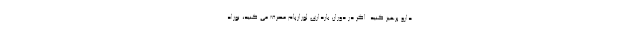
دارو پرهیز کنید. اگر در دوران بارداری لورازپام مصرف می کنید، نوزاد